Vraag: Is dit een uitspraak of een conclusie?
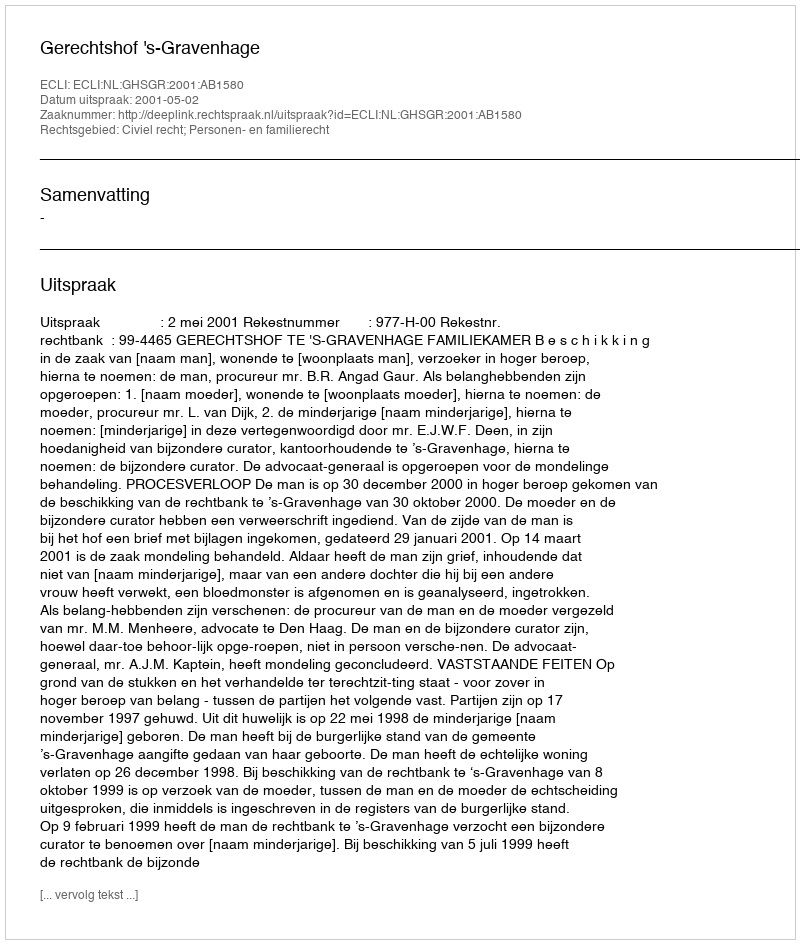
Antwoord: Uitspraak